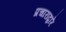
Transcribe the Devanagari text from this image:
प्रचाराद्वारे